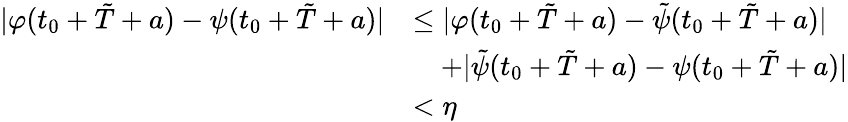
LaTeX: \begin{array}{rl}{|\varphi(t_{0}+\tilde{T}+a)-\psi(t_{0}+\tilde{T}+a)|}&{\leq|\varphi(t_{0}+\tilde{T}+a)-\tilde{\psi}(t_{0}+\tilde{T}+a)|}\\ &{\quad+|\tilde{\psi}(t_{0}+\tilde{T}+a)-\psi(t_{0}+\tilde{T}+a)|}\\ &{<\eta}\end{array}